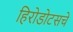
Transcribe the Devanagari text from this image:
हिरोडोटसचे